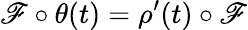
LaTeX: \mathscr{F}\circ\theta(t)=\rho^{\prime}(t)\circ\mathscr{F}